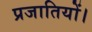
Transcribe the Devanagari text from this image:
प्रजातियों।